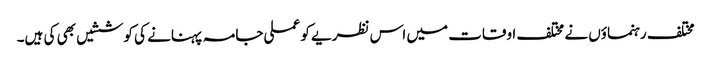
مختلف رہنماؤں نے مختلف اوقات میں اس نظریے کو عملی جامہ پہنانے کی کوششیں بھی کی ہیں۔